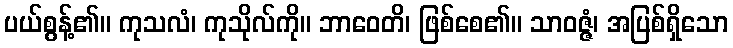
ပယ်စွန့်၏။ ကုသလံ၊ ကုသိုလ်ကို။ ဘာဝေတိ၊ ဖြစ်စေ၏။ သာဝဇ္ဇံ၊ အပြစ်ရှိသော